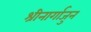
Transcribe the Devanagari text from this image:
श्रीनार्गाजुन